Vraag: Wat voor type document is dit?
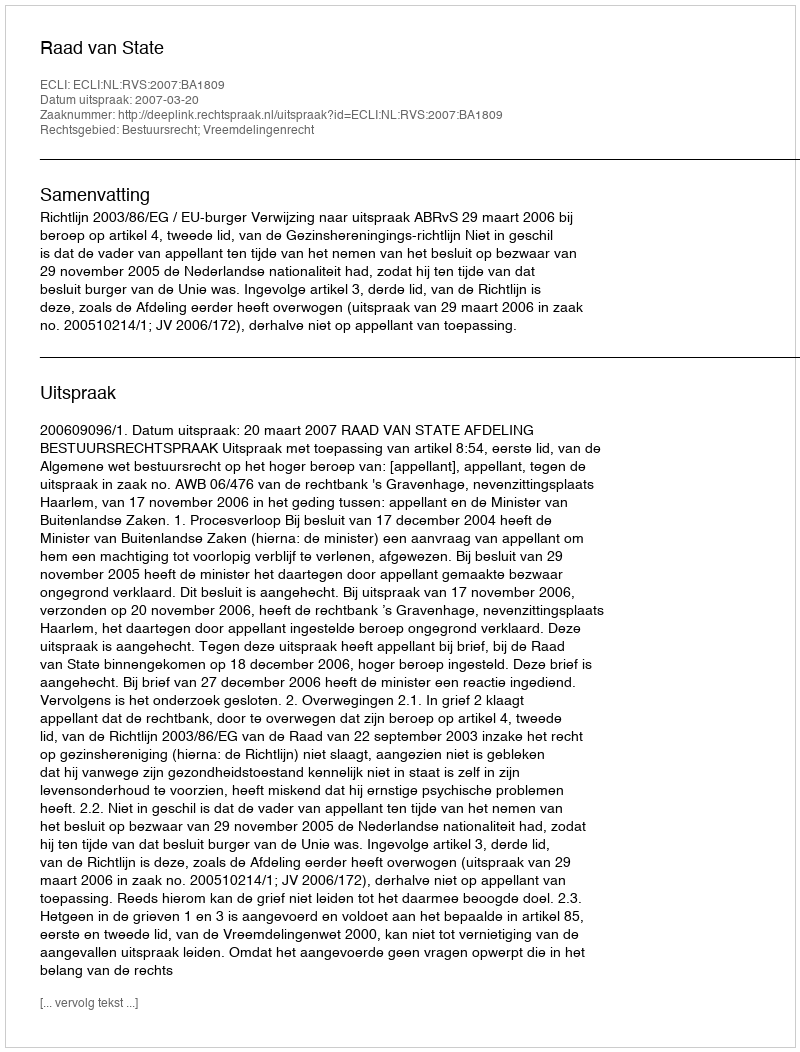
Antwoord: Uitspraak